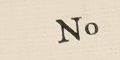
Nº